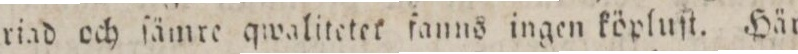
riad och ſämre qwalitetet fanns ingen köpluſt. Här